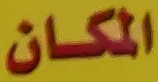
المكان